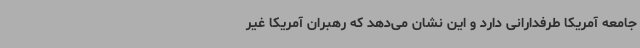
جامعه آمریکا طرفدارانی دارد و این نشان می‌دهد که رهبران آمریکا غیر